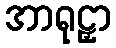
အာရုဠှာ